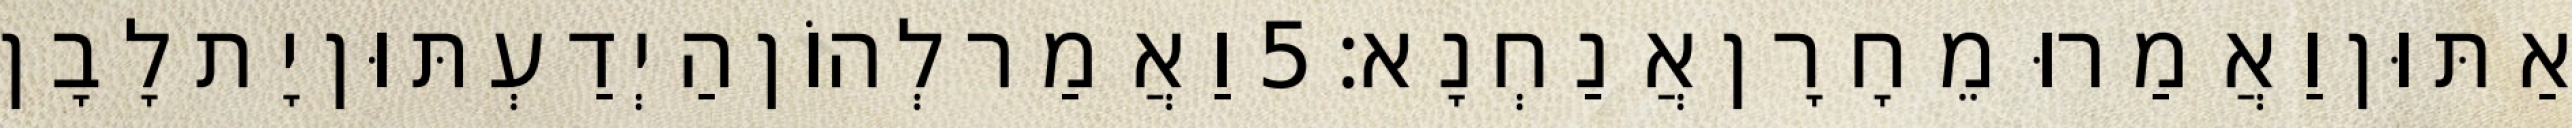
אַתּוּן וַאֲמַרוּ מֵחָרָן אֲנַחְנָא׃ 5 וַאֲמַר לְהוֹן הַיְדַעְתּוּן יָת לָבָן